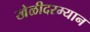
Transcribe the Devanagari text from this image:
खेळीदरम्यान